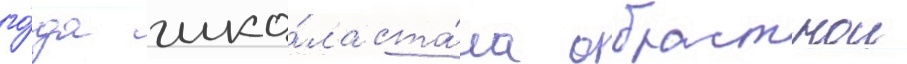
го́да шко́ла ста́ла областнои